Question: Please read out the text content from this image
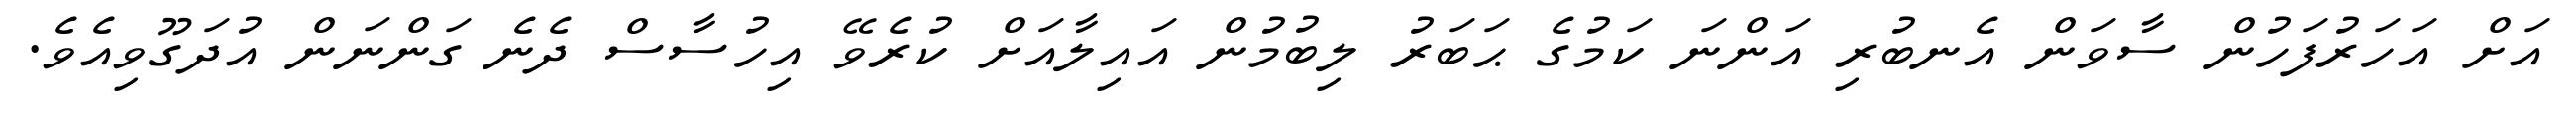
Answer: އަށް އަހަރުފަހުން ސާވަން އެނބުރި އަންނަ ކަމުގެ ޙަބަރު ލިބުމުން އައިލާއަށް ކުރެވޭ އިހުސާސް ދެނެ ގަންނަން އުދަގޫވިއެވެ.